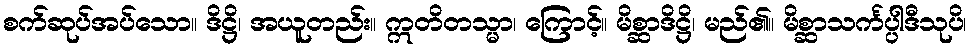
စက်ဆုပ်အပ်သော။ ဒိဋ္ဌိ၊ အယူတည်း။ ဣတိတသ္မာ၊ ကြောင့်။ မိစ္ဆာဒိဋ္ဌိ၊ မည်၏။ မိစ္ဆာသင်္ကပ္ပါဒီသုပိ၊